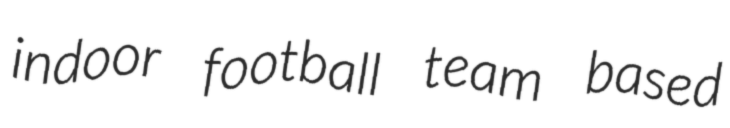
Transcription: indoor football team based